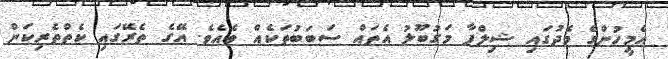
އެމީހުންގެ މެދުގައި ޝިލްޕާ މަގުބޫލު އެތައް ސަބަބުތަކެއް ވެެއެވެ. އޭގެ ތެރޭގައި ކެތްތެރިކަން